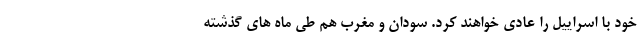
خود با اسراییل را عادی خواهند کرد. سودان و مغرب هم طی ماه های گذشته